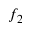
f _ { 2 }